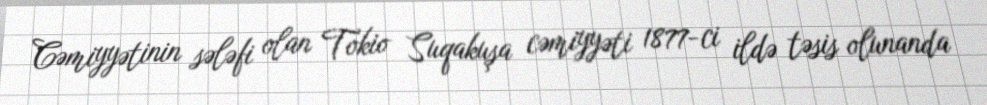
Cəmiyyətinin sələfi olan Tokio Suqakuşa cəmiyyəti 1877-ci ildə təsis olunanda